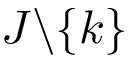
J \backslash \{ k \}